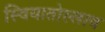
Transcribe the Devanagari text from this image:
स्वियातोस्लाव